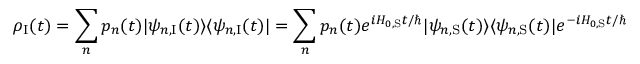
\rho _ { \mathrm { I } } ( t ) = \sum _ { n } p _ { n } ( t ) | \psi _ { n , { \mathrm { I } } } ( t ) \rangle \langle \psi _ { n , { \mathrm { I } } } ( t ) | = \sum _ { n } p _ { n } ( t ) e ^ { i H _ { 0 , { \mathrm { S } } } t / \hbar } | \psi _ { n , { \mathrm { S } } } ( t ) \rangle \langle \psi _ { n , { \mathrm { S } } } ( t ) | e ^ { - i H _ { 0 , { \mathrm { S } } } t / \hbar } = e ^ { i H _ { 0 , { \mathrm { S } } } t / \hbar } \rho _ { \mathrm { S } } ( t ) e ^ { - i H _ { 0 , { \mathrm { S } } } t / \hbar } .